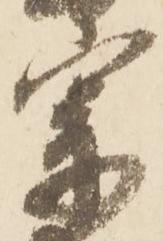
宰